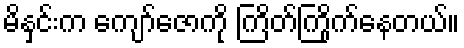
မိနှင်းက ကျော်ဇောကို ကြိတ်ကြိုက်နေတယ်။